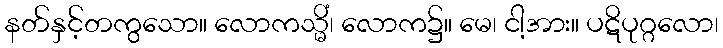
နတ်နှင့်တကွသော။ လောကသ္မိံ၊ လောက၌။ မေ၊ ငါ့အား။ ပဋိပုဂ္ဂလော၊